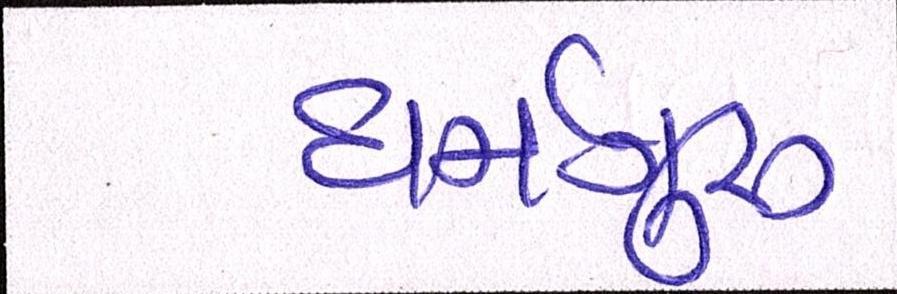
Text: ધર્મગુરૂ